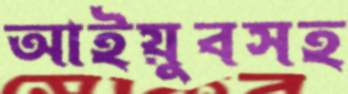
আইয়ুবসহ